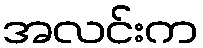
အလင်းက